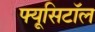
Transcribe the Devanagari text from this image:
फ्यूसिटॉल